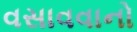
વસાવવાનો